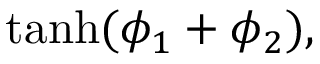
\operatorname { t a n h } ( \phi _ { 1 } + \phi _ { 2 } ) ,